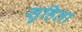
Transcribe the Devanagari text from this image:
सुहिता